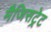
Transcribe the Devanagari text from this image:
मैजिसट्रेट